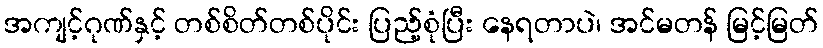
အကျင့်ဂုဏ်နှင့် တစ်စိတ်တစ်ပိုင်း ပြည့်စုံပြီး နေရတာပဲ၊ အင်မတန် မြင့်မြတ်